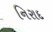
નિરાદ